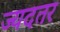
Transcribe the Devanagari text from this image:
ज्यदतर